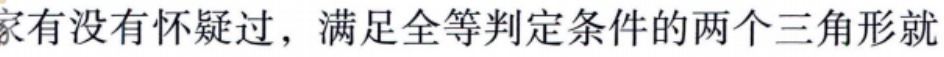
家有没有怀疑过，满足全等判定条件的两个三角形就